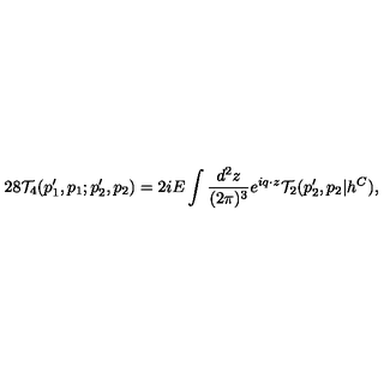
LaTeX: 2 8 { \cal T } _ { 4 } ( p _ { 1 } ^ { \prime } , p _ { 1 } ; p _ { 2 } ^ { \prime } , p _ { 2 } ) = 2 i E \int \frac { d ^ { 2 } z } { ( 2 \pi ) ^ { 3 } } e ^ { i q \cdot z } { \cal T } _ { 2 } ( p _ { 2 } ^ { \prime } , p _ { 2 } | h ^ { C } ) ,